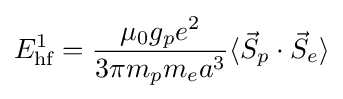
E_{\text{hf}}^{1}={\frac {\mu _{0}g_{p}e^{2}}{3\pi m_{p}m_{e}a^{3}}}\langle {\vec {S}}_{p}\cdot {\vec {S}}_{e}\rangle